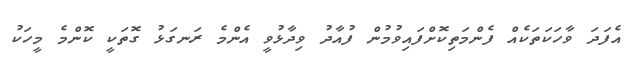
އެފަދަ ވާހަކަތަކެއް ފެންމަތިކޮށްފައިވުމުން ފުއާދު ވިދާޅުވީ އެންމެ ރަނގަޅު ގޮތަކީ ކޮންމެ މީހަކު